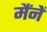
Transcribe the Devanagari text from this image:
मैंनें